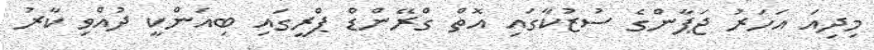
މިދިއަ އަހަރު ޖަޕާންގެ ސުޒުކާގައި އޮތް ގްރޭންޑް ޕްރީގައި ބިއަންކީ ދުއްވި ކާރު